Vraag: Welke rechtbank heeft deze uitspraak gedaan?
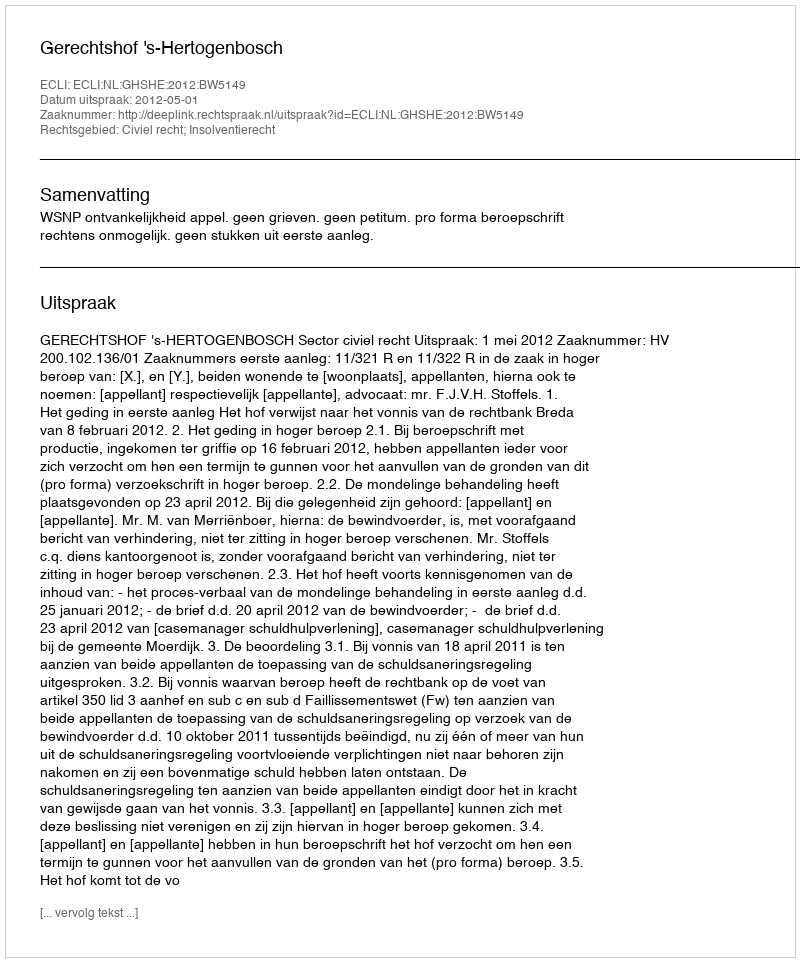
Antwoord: Gerechtshof 's-Hertogenbosch